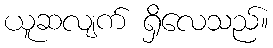
ယူဆလျက် ရှိလေသည်။